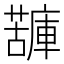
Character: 𧁷